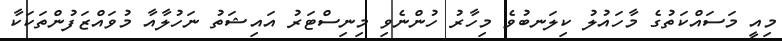
މިއީ މަސައްކަތުގެ މާހައުލު ކިލަނބުވެ މިހާރު ހުންނެވި މިނިސްޓަރު އައިޝަތު ނަހުލާއާ މުވައްޒަފުންތަކަކާ